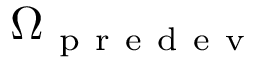
\Omega _ { \mathrm { ~ p ~ r ~ e ~ d ~ e ~ v ~ } }